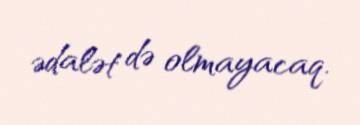
ədalət də olmayacaq.